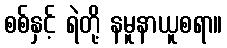
စစ်နှင့် ရဲတို့ နမူနာယူစရာ။